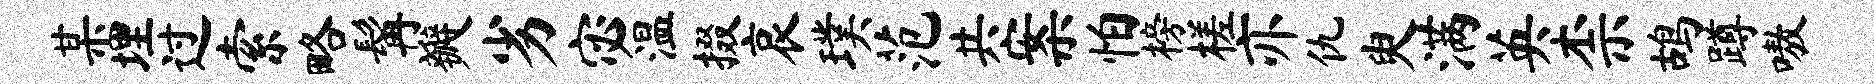
某埋过索略髯瓣劣宓温掇哀璞范共案怕榜槎亦仇臾满英柰鸪蹲嗷